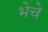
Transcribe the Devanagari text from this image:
भेचे